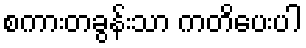
စကားတခွန်းသာ ကတိပေးပါ